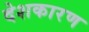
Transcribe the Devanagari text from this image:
देशकारण